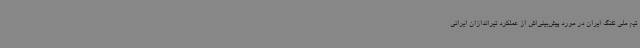
تیم ملی تفنگ ایران در مورد پیش‌بینی‌اش از عملکرد تیراندازان ایرانی